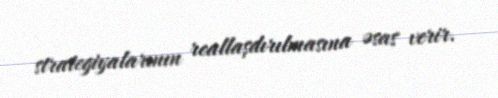
strategiyalarının reallaşdırılmasına əsas verir.